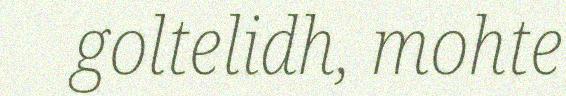
goltelidh, mohte